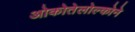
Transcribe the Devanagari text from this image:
ओकोतेलोल्कोने